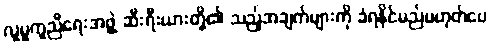
လူမှုကူညီရေးအဖွဲ့ ဆီးရီးယားတို့၏ သည့်အချက်များကို ခံရနိုင်မည်မဟုတ်ပေ